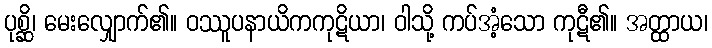
ပုစ္ဆိ၊ မေးလျှောက်၏။ ဝဿူပနာယိကကုဋိယာ၊ ဝါသို့ ကပ်အံ့သော ကုဋီ၏။ အတ္ထာယ၊